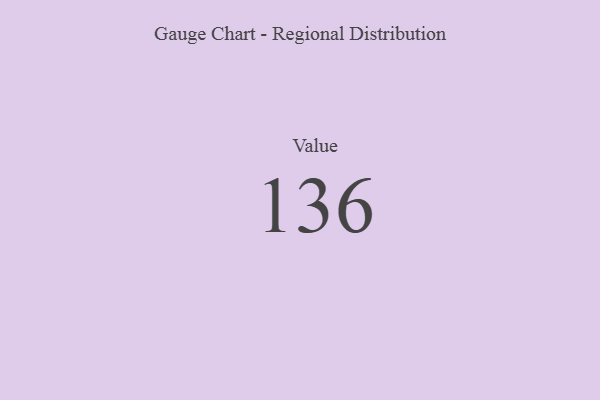
{"axis": {"x": "Metric", "y": "Value"}, "legend": [""], "data": [{"x": "Value", "y": 136, "type": ""}]}